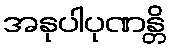
အနုပါပုဏန္တိ